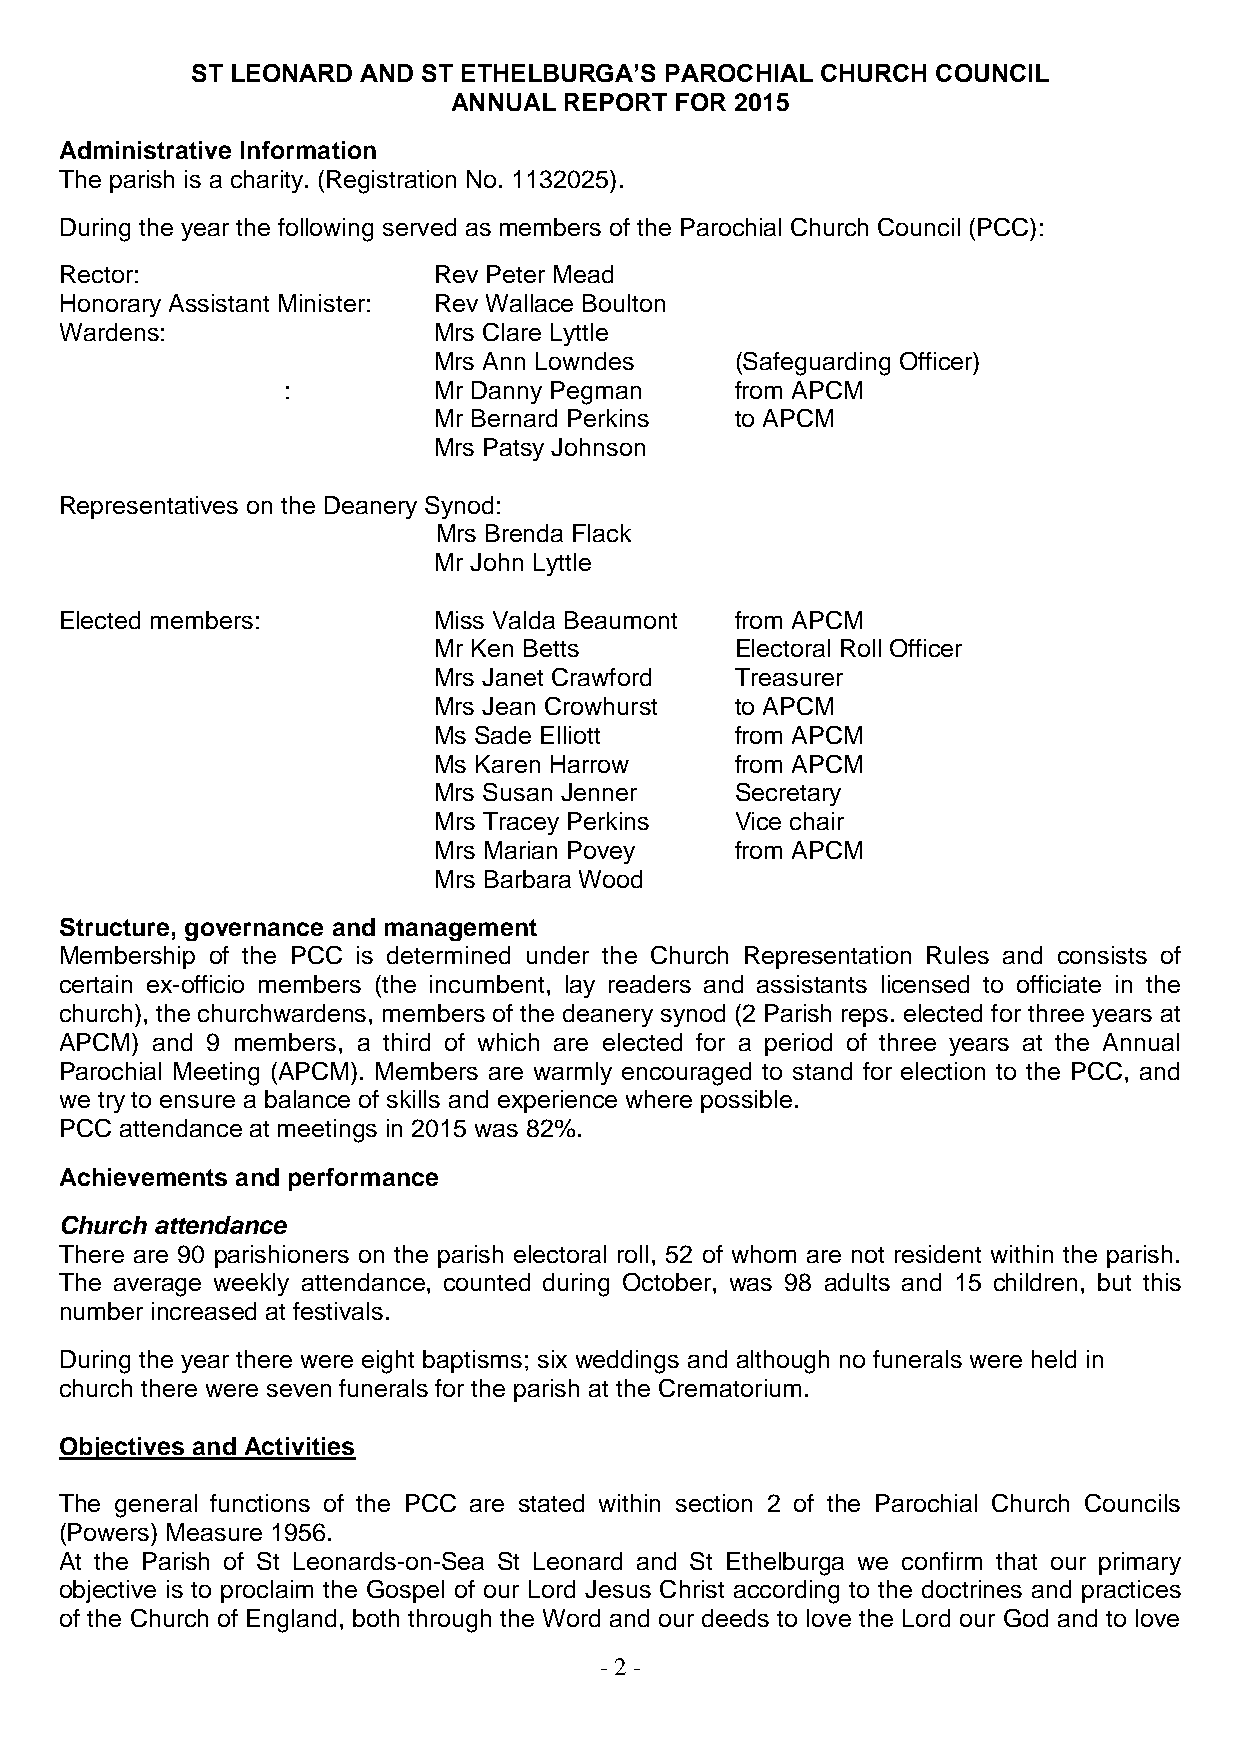
ST LEONARD AND ST ETHELBURGA’S PAROCHIAL CHURCH  COUNCIL
 ANNUAL REPORT  FOR 2015
 Administrative Information
 The parish is a charity. (Registration No. 1132025).
 During the year the following served as members of the Parochial Church Council (PCC):
 Rector:                  Rev Peter Mead
 Honorary Assistant Minister: Rev Wallace Boulton
 Wardens:                 Mrs Clare Lyttle
 Mrs Ann Lowndes     (Safeguarding Officer)
 :         Mr Danny Pegman     from APCM
 Mr Bernard Perkins  to APCM
 Mrs Patsy Johnson
 Representatives on the Deanery Synod:
 Mrs Brenda Flack
 Mr John Lyttle
 Elected members:         Miss Valda Beaumont from APCM
 Mr Ken Betts        Electoral Roll Officer
 Mrs Janet Crawford  Treasurer
 Mrs Jean Crowhurst  to APCM
 Ms Sade Elliott     from APCM
 Ms Karen Harrow     from APCM
 Mrs Susan Jenner    Secretary
 Mrs Tracey Perkins  Vice chair
 Mrs Marian Povey    from APCM
 Mrs Barbara Wood
 Structure, governance and management
 Membership of the PCC is determined under the Church Representation Rules and consists of
 certain ex-officio members (the incumbent, lay readers and assistants licensed to officiate in the
 church), the churchwardens, members of the deanery synod (2 Parish reps. elected for three years at
 APCM) and 9 members, a third of which are elected for a period of three years at the Annual
 Parochial Meeting (APCM). Members are warmly encouraged to stand for election to the PCC, and
 we try to ensure a balance of skills and experience where possible.
 PCC attendance at meetings in 2015 was 82%.
 Achievements and performance
 Church attendance
 There are 90 parishioners on the parish electoral roll, 52 of whom are not resident within the parish.
 The average weekly attendance, counted during October, was 98 adults and 15 children, but this
 number increased at festivals.
 During the year there were eight baptisms; six weddings and although no funerals were held in
 church there were seven funerals for the parish at the Crematorium.
 Objectives and Activities
 The general functions of the PCC are stated within section 2 of the Parochial Church Councils
 (Powers) Measure 1956.
 At the Parish of St Leonards-on-Sea St Leonard and St Ethelburga we confirm that our primary
 objective is to proclaim the Gospel of our Lord Jesus Christ according to the doctrines and practices
 of the Church of England, both through the Word and our deeds to love the Lord our God and to love
 - 2 -